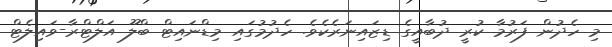
މި ހެދުން ފަރުމާ ކުރީ ދުބާއީގެ ޑިޒައިނަރެކެވެ. ހެދުމުގައި މިޑްނައިޓް ބްލޫ އަލްޓްރާ-ވައިލެޓް